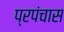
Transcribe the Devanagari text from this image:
प्रपंचास